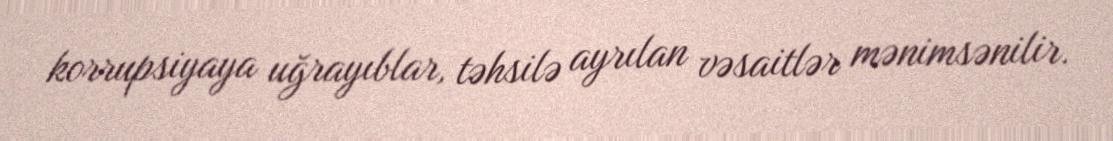
korrupsiyaya uğrayıblar, təhsilə ayrılan vəsaitlər mənimsənilir.